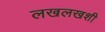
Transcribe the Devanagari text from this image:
लखलखशी